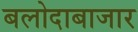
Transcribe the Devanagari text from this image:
बलोदाबाजार